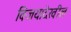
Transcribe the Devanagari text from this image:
विजयादेखील